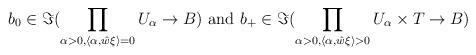
LaTeX: \begin{align*}b_0\in\Im(\prod\limits_{\alpha >0, \langle\alpha,\hat{w}\xi\rangle=0}U_{\alpha}\to B) \textrm{ and } b_+\in\Im(\prod\limits_{\alpha >0, \langle\alpha,\hat{w}\xi\rangle>0}U_{\alpha}\times T\to B)\end{align*}